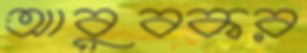
আবুবকর